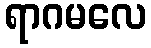
ရာဂမလေ